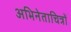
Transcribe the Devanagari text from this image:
अभिनेताचित्रों